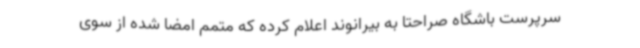
سرپرست باشگاه صراحتا به بیرانوند اعلام کرده که متمم امضا شده از سوی